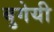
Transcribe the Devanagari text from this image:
बुगेयी